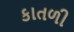
કાતળી